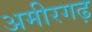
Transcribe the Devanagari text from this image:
अमीरगढ़